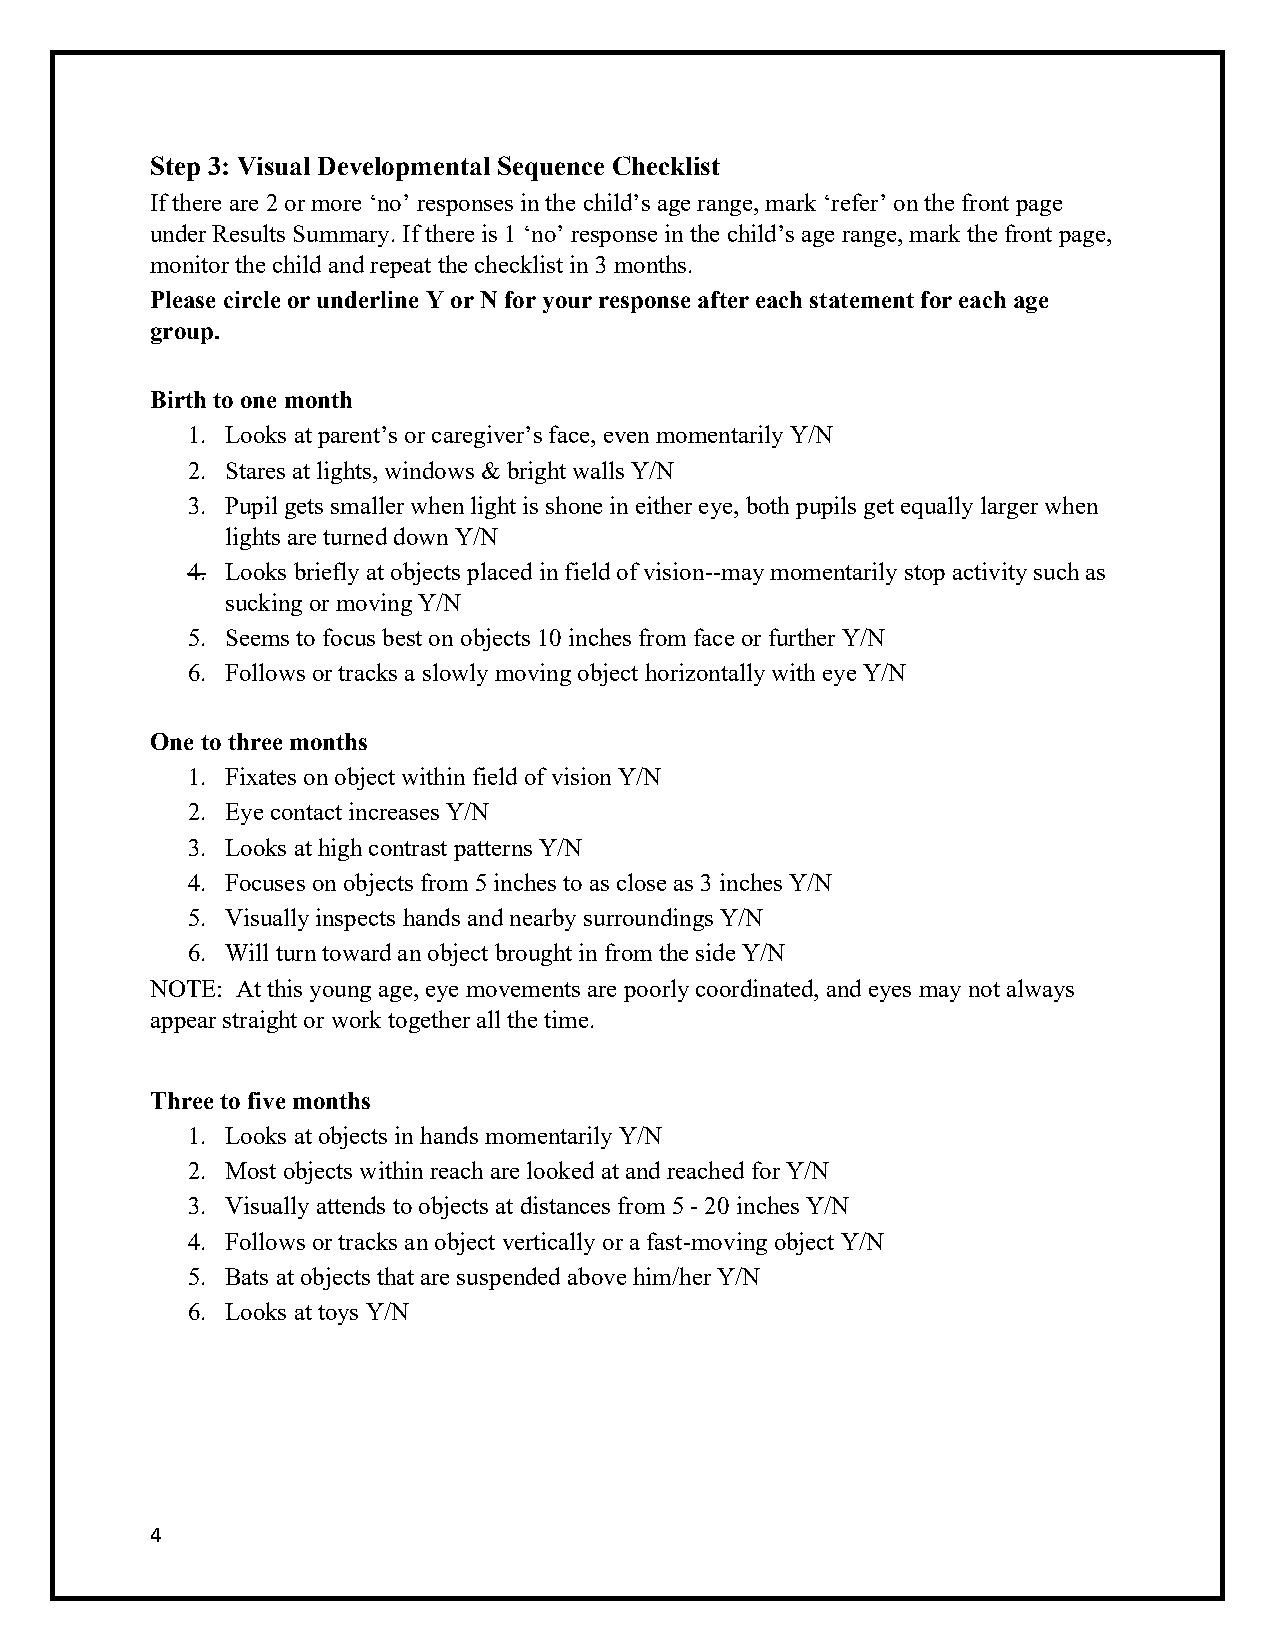
Step 3: Visual Developmental Sequence Checklist
 If there are 2 or more ‘no’ responses in the child’s age range, mark ‘refer’ on the front page
 under Results Summary. If there is 1 ‘no’ response in the child’s age range, mark the front page,
 monitor the child and repeat the checklist in 3 months.
 Please circle or underline Y or N for your response after each statement for each age
 group.
 Birth to one month
 1. Looks at parent’s or caregiver’s face, even momentarily Y/N
 2. Stares at lights, windows & bright walls Y/N
 3. Pupil gets smaller when light is shone in either eye, both pupils get equally larger when
 lights are turned down Y/N
 4. Looks briefly at objects placed in field of vision--may momentarily stop activity such as
 sucking or moving Y/N
 5. Seems to focus best on objects 10 inches from face or further Y/N
 6. Follows or tracks a slowly moving object horizontally with eye Y/N
 One to three months
 1. Fixates on object within field of vision Y/N
 2. Eye contact increases Y/N
 3. Looks at high contrast patterns Y/N
 4. Focuses on objects from 5 inches to as close as 3 inches Y/N
 5. Visually inspects hands and nearby surroundings Y/N
 6. Will turn toward an object brought in from the side Y/N
 NOTE: At this young age, eye movements are poorly coordinated, and eyes may not always
 appear straight or work together all the time.
 Three to five months
 1. Looks at objects in hands momentarily Y/N
 2. Most objects within reach are looked at and reached for Y/N
 3. Visually attends to objects at distances from 5 - 20 inches Y/N
 4. Follows or tracks an object vertically or a fast-moving object Y/N
 5. Bats at objects that are suspended above him/her Y/N
 6. Looks at toys Y/N
 4